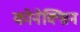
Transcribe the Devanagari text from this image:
कोनेक्सिन